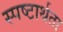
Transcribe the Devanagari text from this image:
स्पष्टार्थता